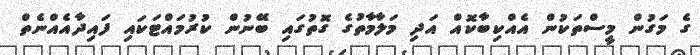
ގެ މަގުން މީސްތަކުން އެއްކިބާކޮއް އަދި މަލާމާތުގެ ގޮތުގައި ބޭނުން ކުރުމައްޓަކައި ފައިދާއެއްނެތް